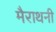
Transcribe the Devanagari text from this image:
मैराथनी